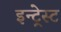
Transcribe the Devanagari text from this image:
इन्ट्रेस्ट